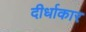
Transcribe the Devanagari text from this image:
दीर्धाकार